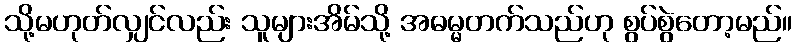
သို့မဟုတ်လျှင်လည်း သူများအိမ်သို့ အဓမ္မတက်သည်ဟု စွပ်စွဲတော့မည်။